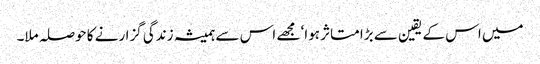
میں اس کے یقین سے بڑا متاثر ہوا‘ مجھے اس سے ہمیشہ زندگی گزارنے کا حوصلہ ملا۔